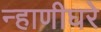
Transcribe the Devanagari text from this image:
न्हाणीघरे